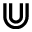
\Cup